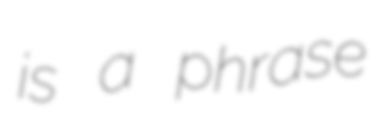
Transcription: is a phrase